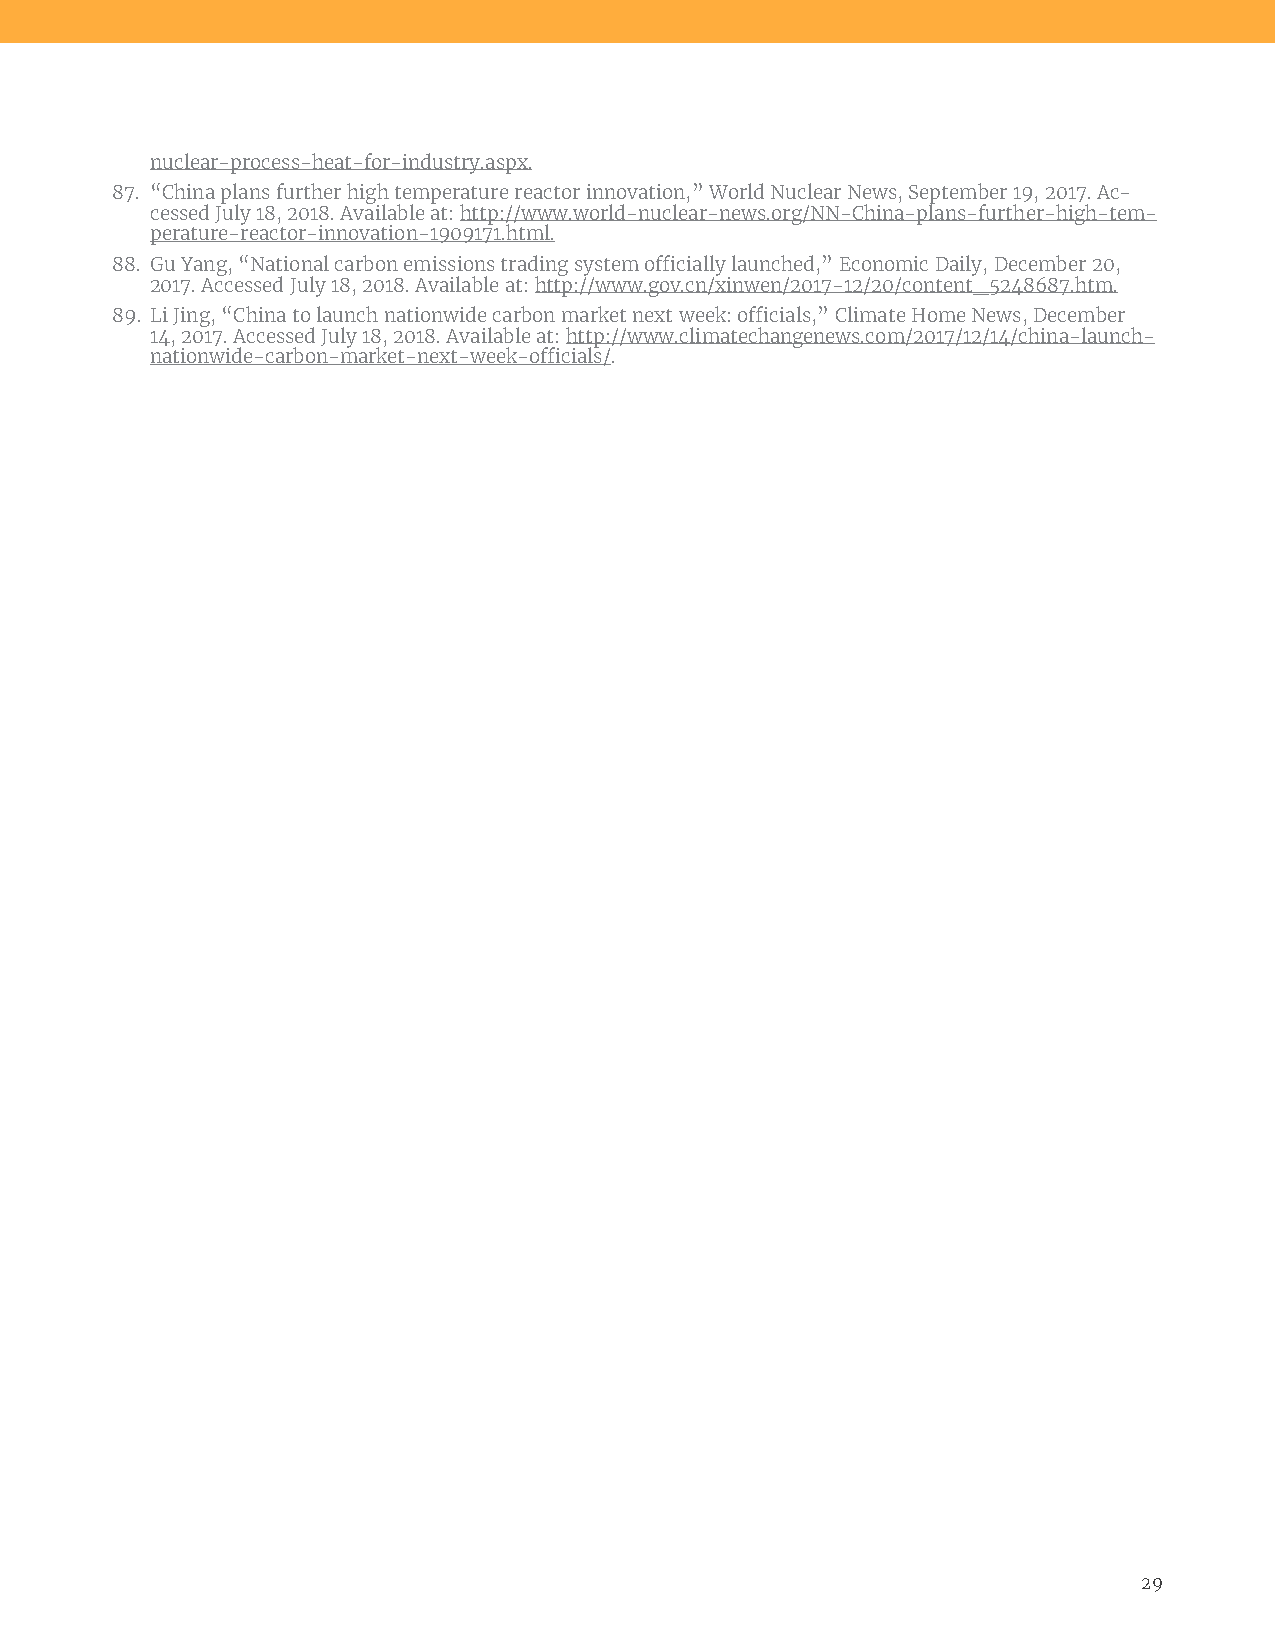
nuclear-process-heat-for-industry.aspx.
 87. “China plans further high temperature reactor innovation,” World Nuclear News, September 19, 2017. Ac-
 cessed July 18, 2018. Available at: http://www.world-nuclear-news.org/NN-China-plans-further-high-tem-
 perature-reactor-innovation-1909171.html.
 88. Gu Yang, “National carbon emissions trading system officially launched,” Economic Daily, December 20,
 2017. Accessed July 18, 2018. Available at: http://www.gov.cn/xinwen/2017-12/20/content_5248687.htm.
 89. Li Jing, “China to launch nationwide carbon market next week: officials,” Climate Home News, December
 14, 2017. Accessed July 18, 2018. Available at: http://www.climatechangenews.com/2017/12/14/china-launch-
 nationwide-carbon-market-next-week-officials/.
 29